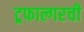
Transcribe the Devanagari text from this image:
ट्रफाल्गरची